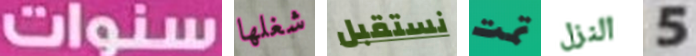
سنوات شغلها نستقبل تمت النزل 5